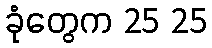
ခုံတွေက 25 25